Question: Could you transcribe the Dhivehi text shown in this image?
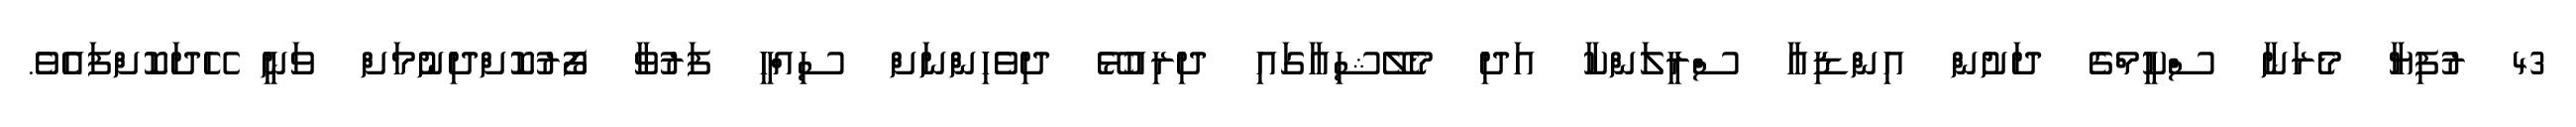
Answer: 43 ރުފިޔާ މެރަނާ ސްކީމްގެ ދަށުން އިންޑިއާ ސްރީލަންކާ އަދި މެލޭޝިއާގައި ދިރިއުޅޭ ދިވެހިންނަށް ސިއްހީ ފަރުވާ ފޯރުކޮށްދިނުމަށް ވަނީ ހޭދަކޮށްފައެވެ.